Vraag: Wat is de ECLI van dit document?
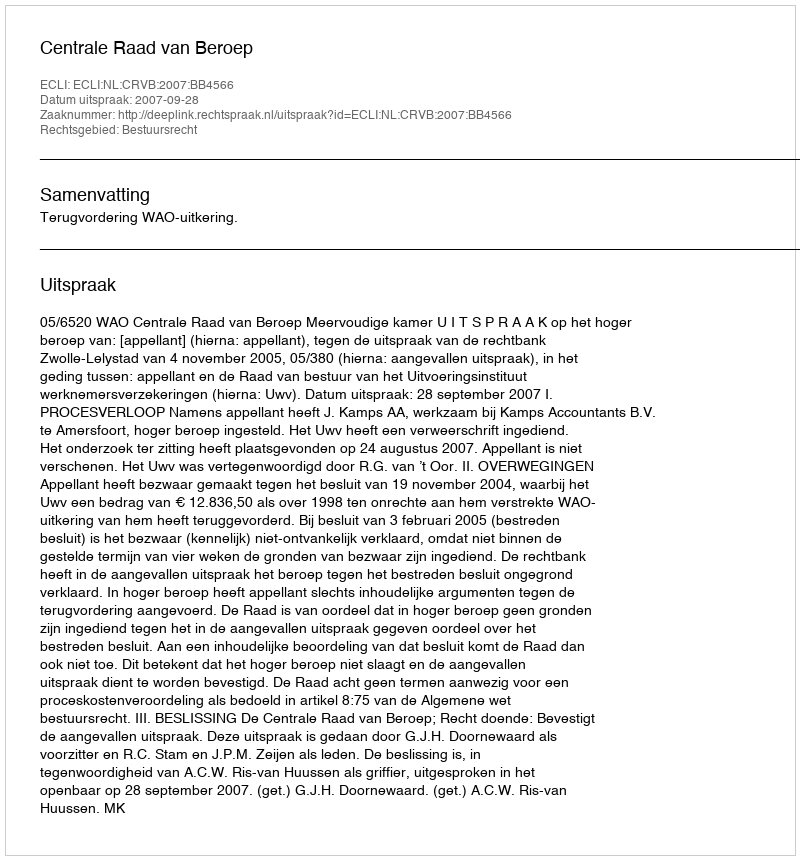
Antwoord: ECLI:NL:CRVB:2007:BB4566